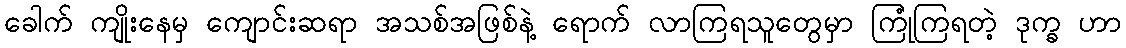
ခေါက် ကျိုးနေမှ ကျောင်းဆရာ အသစ်အဖြစ်နဲ့ ရောက် လာကြရသူတွေမှာ ကြုံကြရတဲ့ ဒုက္ခ ဟာ